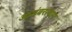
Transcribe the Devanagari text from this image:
आडंबरत्याग